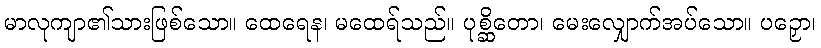
မာလုကျာ၏သားဖြစ်သော။ ထေရေန၊ မထေရ်သည်။ ပုစ္ဆိတော၊ မေးလျှောက်အပ်သော။ ပဉှော၊